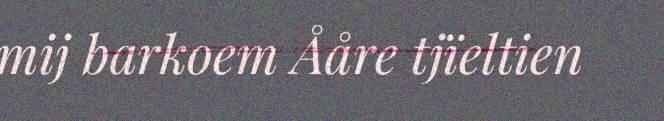
mij barkoem Ååre tjïeltien